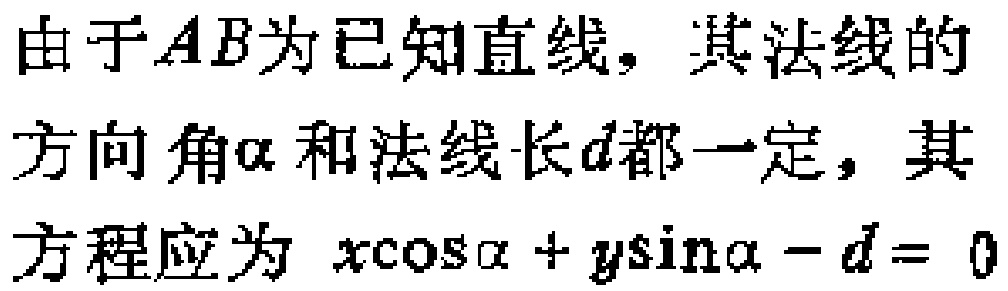
由于$AB$为已知直线，其法线的方向角$\alpha$和法线长$d$都一定，其方程应为 \(x\cos\alpha + y\sin\alpha - d = 0\)